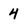
Character: 4